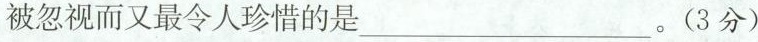
被忽视而又最令人珍惜的是 ___ 。(3分)